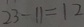
2 3 - 1 1 = 1 2